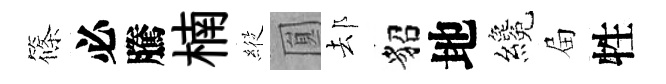
篠必騰楠𦂵圎𨚫貂地纔屇牲